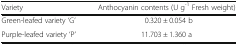
| Variety | Anthocyanin contents (U g-1 Fresh weight) |
 | --- | --- |
 | Green-leafed variety ‘G’ | 0.320 ± 0.054 b |
 | Purple-leafed variety ‘P’ | 11.703 ± 1.360 a |